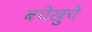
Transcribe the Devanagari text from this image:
बचेखुचे